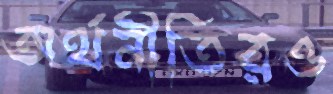
অর্থনীতিরও